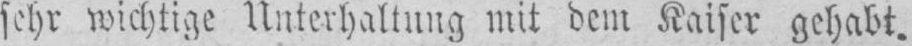
sehr wichtige Unterhaltung mit dem Kaiser gehabt.